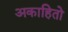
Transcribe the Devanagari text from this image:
अकाहितो